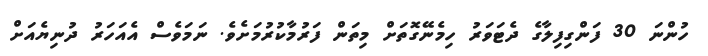
ހުންނަ 30 ފަންގިފިލާގެ ދެޓަވަރު ހިމެނޭގޮތަށް މިތަން ފަރުމާކުރުމަށެވެ. ނަމަވެސް އެއަހަރު ދުނިޔެއަށް